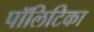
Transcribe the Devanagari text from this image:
पॉलिटिका